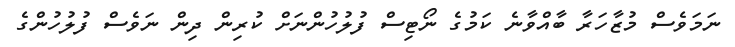
ނަމަވެސް މުޒާހަރާ ބާއްވާނެ ކަމުގެ ނޯޓިސް ފުލުހުންނަށް ކުރިން ދިން ނަަވެސް ފުލުހުންގެ